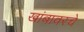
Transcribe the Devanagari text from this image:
खांबावरचे